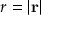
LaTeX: r = \left\vert \mathbf { r } \right\vert